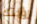
رؤيتك